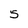
Character: 5